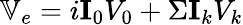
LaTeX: \mathbb{V}_{e}=i\textbf{I}_{0}V_{0}+\Sigma\textbf{I}_{k}V_{k}